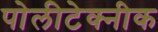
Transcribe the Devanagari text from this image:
पोलीटेक्‍नीक